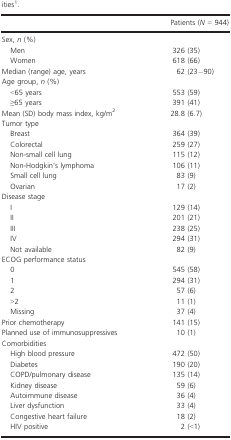
<table><thead><tr><td></td><td><b>Patients (<i>N</i> = 944)</b></td></tr></thead><tbody><tr><td colspan="2">Sex, <i>n</i> (%)</td></tr><tr><td> Men</td><td>326 (35)</td></tr><tr><td> Women</td><td>618 (66)</td></tr><tr><td>Median (range) age, years</td><td>62 (23−90)</td></tr><tr><td colspan="2">Age group, <i>n</i> (%)</td></tr><tr><td> &lt;65 years</td><td>553 (59)</td></tr><tr><td> ≥65 years</td><td>391 (41)</td></tr><tr><td>Mean (SD) body mass index, kg/m<sup>2</sup></td><td>28.8 (6.7)</td></tr><tr><td colspan="2">Tumor type</td></tr><tr><td> Breast</td><td>364 (39)</td></tr><tr><td> Colorectal</td><td>259 (27)</td></tr><tr><td> Non-small cell lung</td><td>115 (12)</td></tr><tr><td> Non-Hodgkin’s lymphoma</td><td>106 (11)</td></tr><tr><td> Small cell lung</td><td>83 (9)</td></tr><tr><td> Ovarian</td><td>17 (2)</td></tr><tr><td colspan="2">Disease stage</td></tr><tr><td> I</td><td>129 (14)</td></tr><tr><td> II</td><td>201 (21)</td></tr><tr><td> III</td><td>238 (25)</td></tr><tr><td> IV</td><td>294 (31)</td></tr><tr><td> Not available</td><td>82 (9)</td></tr><tr><td colspan="2">ECOG performance status</td></tr><tr><td> 0</td><td>545 (58)</td></tr><tr><td> 1</td><td>294 (31)</td></tr><tr><td> 2</td><td>57 (6)</td></tr><tr><td> &gt;2</td><td>11 (1)</td></tr><tr><td> Missing</td><td>37 (4)</td></tr><tr><td>Prior chemotherapy</td><td>141 (15)</td></tr><tr><td>Planned use of immunosuppressives</td><td>10 (1)</td></tr><tr><td colspan="2">Comorbidities</td></tr><tr><td> High blood pressure</td><td>472 (50)</td></tr><tr><td> Diabetes</td><td>190 (20)</td></tr><tr><td> COPD/pulmonary disease</td><td>135 (14)</td></tr><tr><td> Kidney disease</td><td>59 (6)</td></tr><tr><td> Autoimmune disease</td><td>36 (4)</td></tr><tr><td> Liver dysfunction</td><td>33 (4)</td></tr><tr><td> Congestive heart failure</td><td>18 (2)</td></tr><tr><td> HIV positive</td><td>2 (&lt;1)</td></tr></tbody></table>